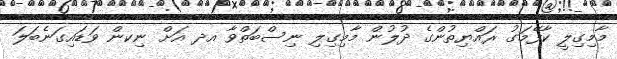
މާމިގިލީ ކާފޭމަގު ރައްޔިތުންގެ ދުލުން މާމިގިލި ނިސްބަތްވާ އދ އަށް ނިކން ވަޑައިގަނެބަލަ